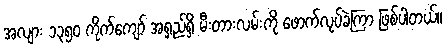
အလျား ၁၃၅၀ ကိုက်ကျော် အရှည်ရှိ မီးတားလမ်းကို ဖောက်လုပ်ခဲ့ကြာ ဖြစ်ပါတယ်။